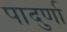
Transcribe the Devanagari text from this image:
पादुर्णा